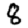
Digit: 8